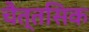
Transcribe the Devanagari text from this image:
चैत्तसिक